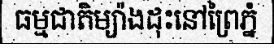
ធម្មជាតិម្យ៉ាងដុះនៅព្រៃភ្នំ